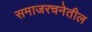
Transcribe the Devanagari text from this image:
समाजरचनेतील